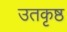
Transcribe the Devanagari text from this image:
उतकृष्ठ